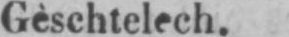
Gèschtelech.